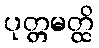
ပုတ္တမတ္ထိ